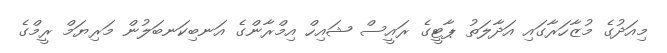
މިއަދުގެ މުޒާހަރާގައި އަދާލަތު ޕާޓީގެ ރައީސް ޝައިހް އިމްރާންގެ އަނބިކަނބަލުން މަރިޔަމް ރީމްގެ